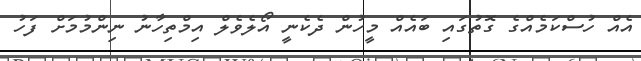
އެއް ހުސްކަމެއްގެ ގޮތުގައި ބައެއް މީހުން ދެކެނީ އޯލެވެލް އިމްތިހާނު ނިންމުމަށް ފަހު